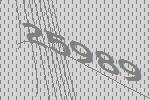
25989